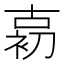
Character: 𱓱